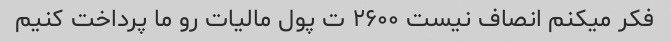
فکر میکنم انصاف نیست ۲۶۰۰ ت پول مالیات رو ما پرداخت کنیم